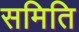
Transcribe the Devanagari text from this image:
समिति